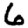
Digit: 6